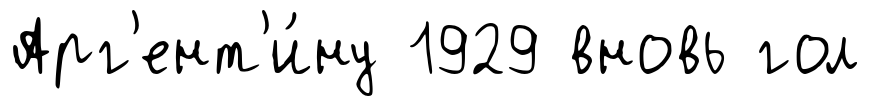
Арг'ент'и́ну 1929 вновь гол